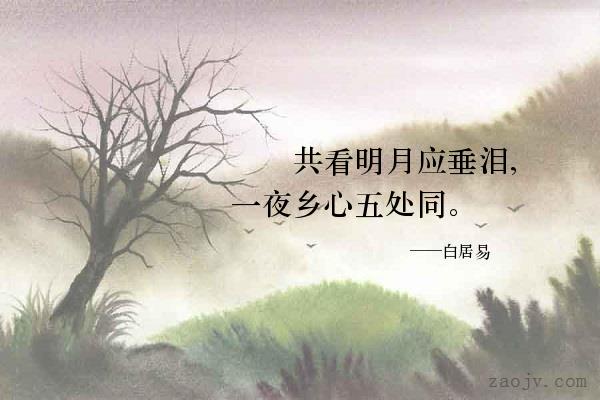
共看明月应垂泪，一夜乡心五处同。